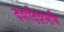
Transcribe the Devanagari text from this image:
दशदिशमभि